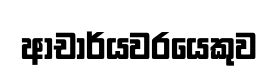
ආචාර්යවරයෙකුව